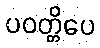
ပဝတ္တိပေ